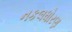
નકલધોરણ